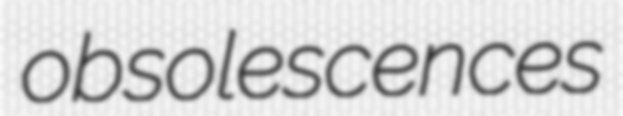
obsolescences